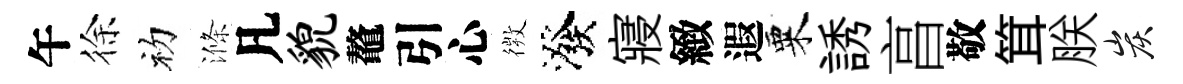
午徐初滌凡貌鼇引心𢕄潑寢緻遐粟誘亯敬䇯朕炭